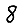
Digit: 8